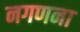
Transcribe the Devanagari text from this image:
नगणना